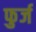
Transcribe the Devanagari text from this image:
फुर्ज